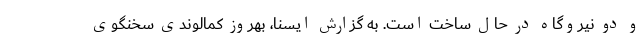
و دو نیروگاه در حال ساخت است. به گزارش ایسنا، بهروز کمالوندی سخنگوی